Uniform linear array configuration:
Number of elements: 16
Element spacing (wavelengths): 0.25
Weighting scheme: hann
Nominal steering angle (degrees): -15
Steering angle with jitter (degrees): -15.315
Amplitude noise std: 0.05
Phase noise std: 0.05

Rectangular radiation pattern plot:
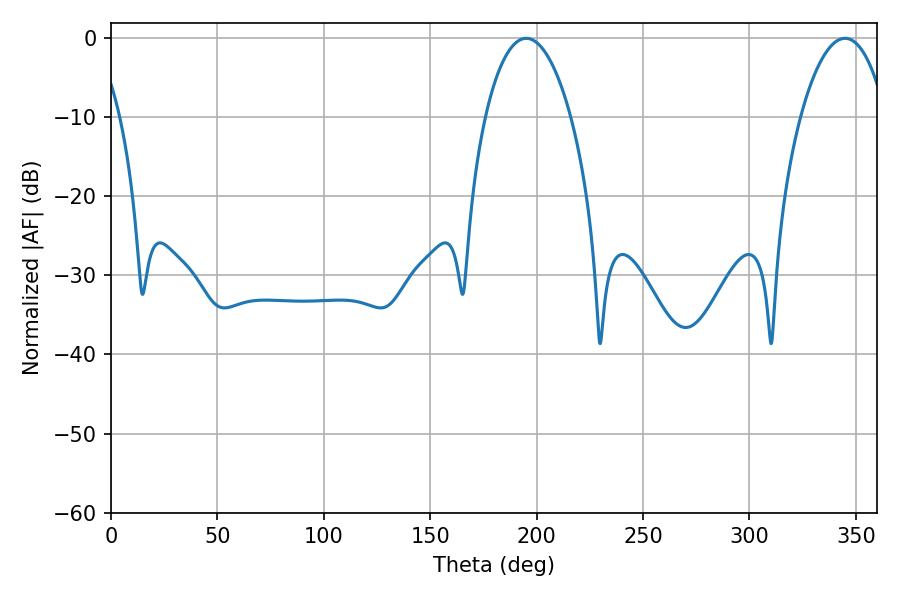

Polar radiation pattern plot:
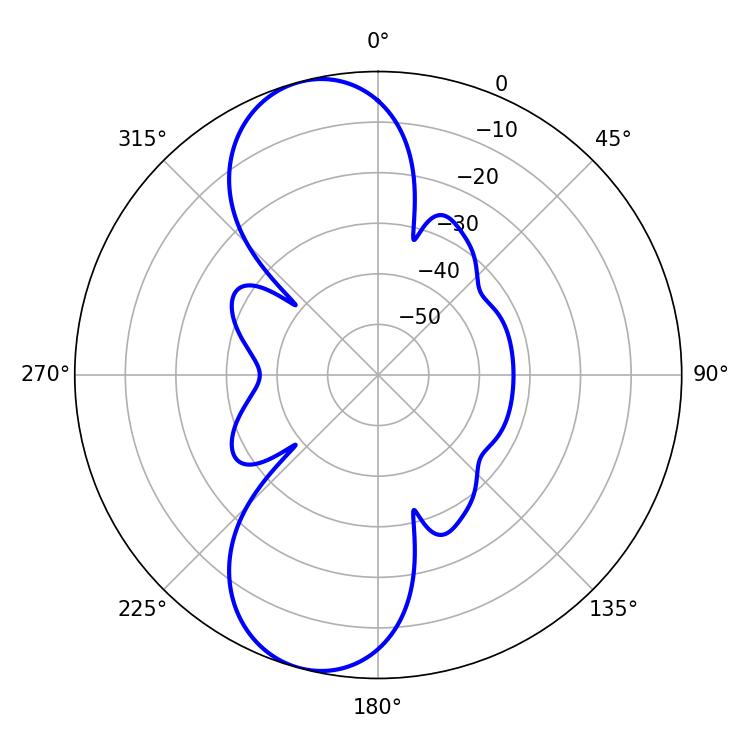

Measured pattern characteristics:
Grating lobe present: FALSE
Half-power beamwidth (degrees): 22.5
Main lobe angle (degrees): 195.12